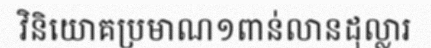
វិនិយោគប្រមាណ១ពាន់លានដុល្លារ